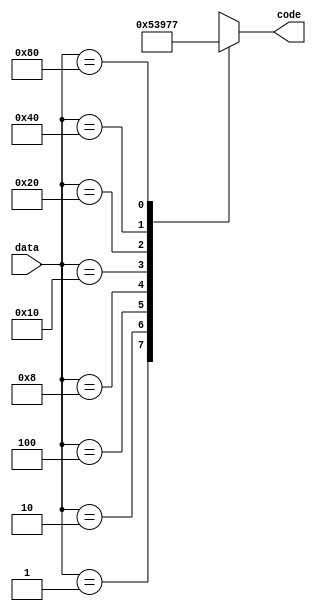
module Encoder8x3(output reg [2:0]code,input [7:0]data);
  always @(*)
  begin
  case  (data)
    8'b0000_0001 : code <= 3'b000 ;
    8'b0000_0010 : code <= 3'b001 ;
    8'b0000_0100 : code <= 3'b010 ;
    8'b0000_1000 : code <= 3'b011 ;
    8'b0001_0000 : code <= 3'b100 ;
    8'b0010_0000 : code <= 3'b101 ;
    8'b0100_0000 : code <= 3'b110 ;
    8'b1000_0000 : code <= 3'b111 ;
    default : code <= 3'bx ;
  endcase
  end
endmodule